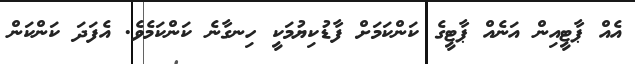
އެއް ޕާޓީއިން އަނެއް ޕާޓީގެ ކަންކަމަށް ފާޑުކިޔުމަކީ ހިނގާނެ ކަންކަމެވެ. އެފަދަ ކަންކަން